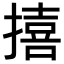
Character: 𪮬